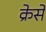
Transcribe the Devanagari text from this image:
क्रेसे